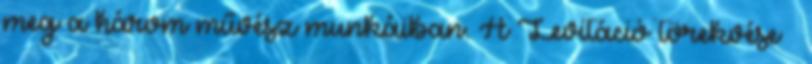
meg a három művész munkáiban. A Levitáció törekvése –